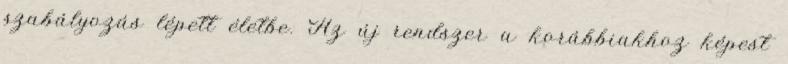
szabályozás lépett életbe. Az új rendszer a korábbiakhoz képest